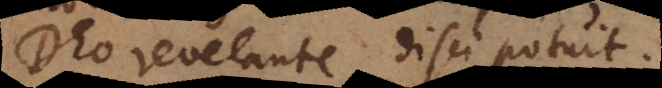
Deo revelante disci potuit.